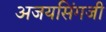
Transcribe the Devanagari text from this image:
अजयसिंगजी